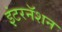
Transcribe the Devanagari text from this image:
इंटरनॅशन